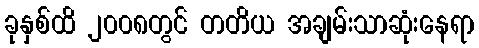
ခုနှစ်ထိ ၂၀၀၈တွင် တတိယ အချမ်းသာဆုံးနေရာ